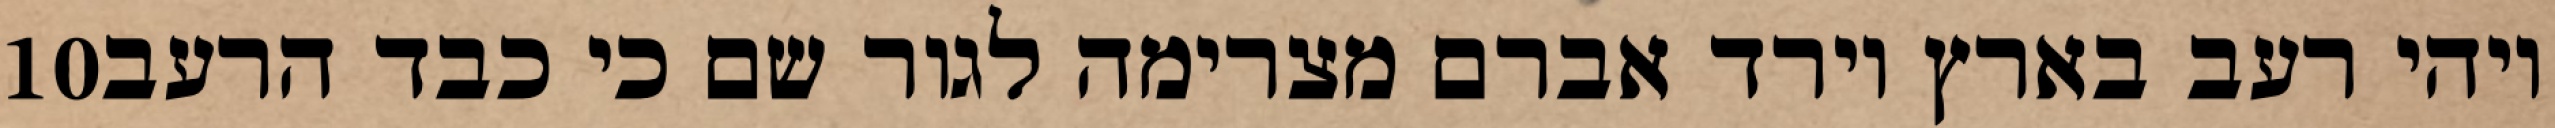
‎10‏ ויהי רעב בארץ וירד אברם מצרימה לגור שם כי כבד הרעב